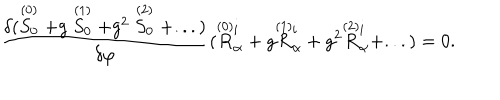
{ \frac { \delta ( \stackrel { ( 0 ) } { S _ { 0 } } + g \stackrel { ( 1 ) } { S _ { 0 } } + g ^ { 2 } \stackrel { ( 2 ) } { S _ { 0 } } + . . . ) } { \delta \varphi } } ( \stackrel { \smash { ( 0 ) } } { R } _ { \alpha } ^ { i } + g \stackrel { \smash { ( 1 ) } } { R } _ { \alpha } ^ { i } + g ^ { 2 } \stackrel { \smash { ( 2 ) } } { R } _ { \alpha } ^ { i } + . . . ) = 0 .